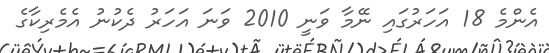
އެންމެ 18 އަހަރުގައި ނޭމާ ވަނީ 2010 ވަނަ އަހަރު ދެކުނު އެމެރިކާގެ